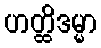
ဟတ္ထိဒမ္မာ